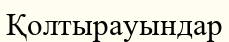
Қолтырауындар